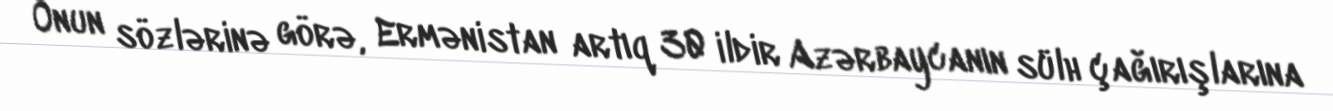
Onun sözlərinə görə, Ermənistan artıq 30 ildir Azərbaycanın sülh çağırışlarına